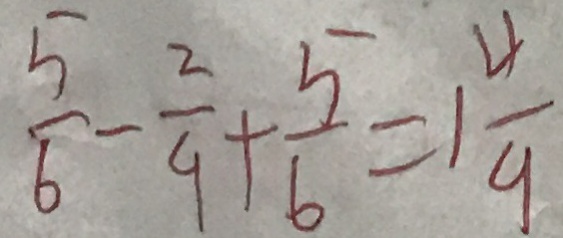
\frac { 5 } { 6 } - \frac { 2 } { 9 } + \frac { 5 } { 6 } = 1 \frac { 4 } { 9 }